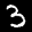
Label: 3